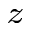
_ z